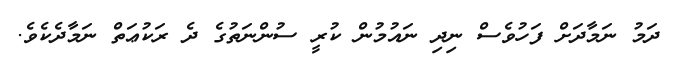
ދަމު ނަމާދަށް ފަހުވެސް ނިދި ނައުމުން ކުރީ ސުންނަތުގެ ދެ ރަކުޢަތް ނަމާދެކެވެ.